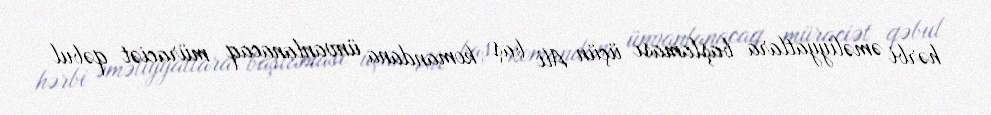
hərbi əməliyyatlara başlaması üçün Ali baş komandana ünvanlanacaq müraciət qəbul